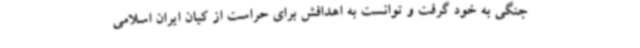
جنگی به خود گرفت و توانست به اهدافش برای حراست از کیان ایران اسلامی